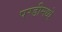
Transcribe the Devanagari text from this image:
परडीमध्ये